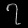
Digit: ၇